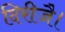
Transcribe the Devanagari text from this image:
दिरीजै।